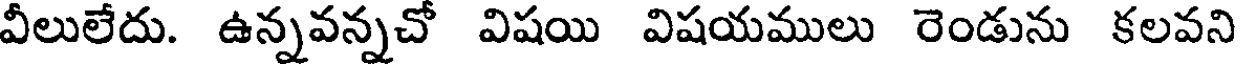
వీలులేదు. ఉన్నవన్నచో విషయి విషయములు రెండును కలవని